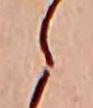
ら